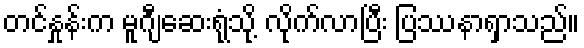
တင်နှုန်းက မူဂျီဆေးရုံသို့ လိုက်လာပြီး ပြဿနာရှာသည်။